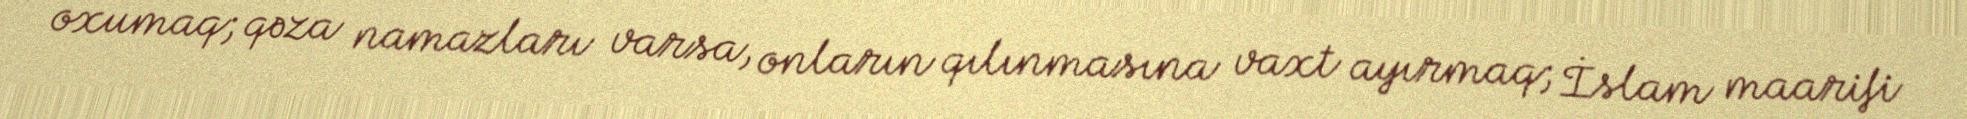
oxumaq; qəza namazları varsa, onların qılınmasına vaxt ayırmaq; İslam maarifi